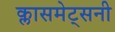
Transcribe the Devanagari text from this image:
क्लासमेट्सनी